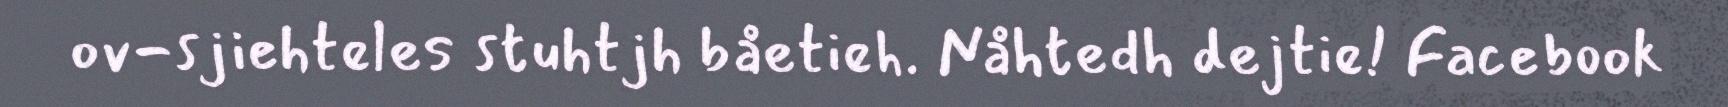
ov-sjiehteles stuhtjh båetieh. Nåhtedh dejtie! Facebook